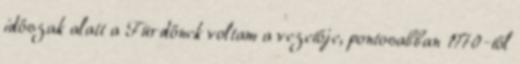
időszak alatt a Fürdőnek voltam a vezetője, pontosabban 1970-től